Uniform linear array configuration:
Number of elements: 4
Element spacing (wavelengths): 1
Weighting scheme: exponential
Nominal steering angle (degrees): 15
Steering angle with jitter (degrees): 15.355
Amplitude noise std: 0.05
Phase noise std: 0.05

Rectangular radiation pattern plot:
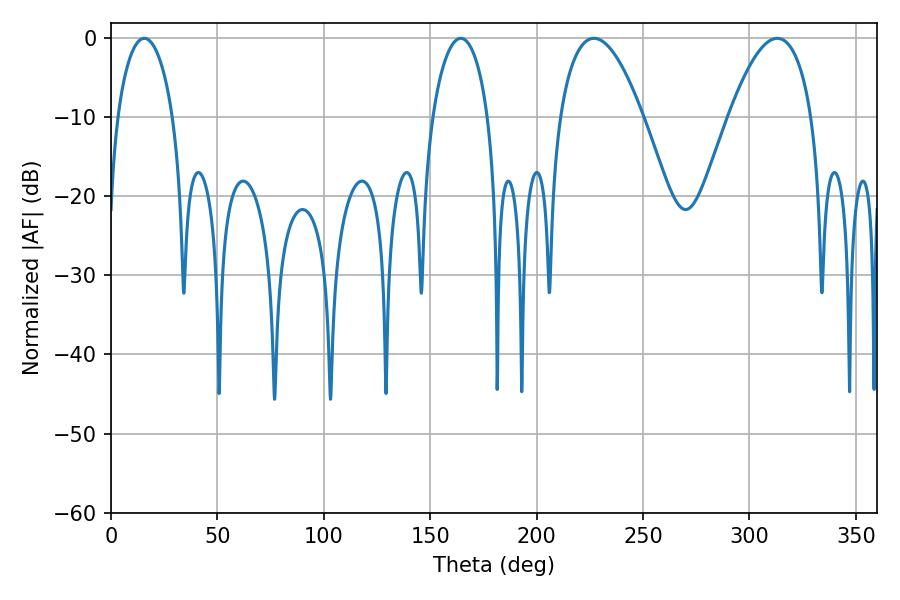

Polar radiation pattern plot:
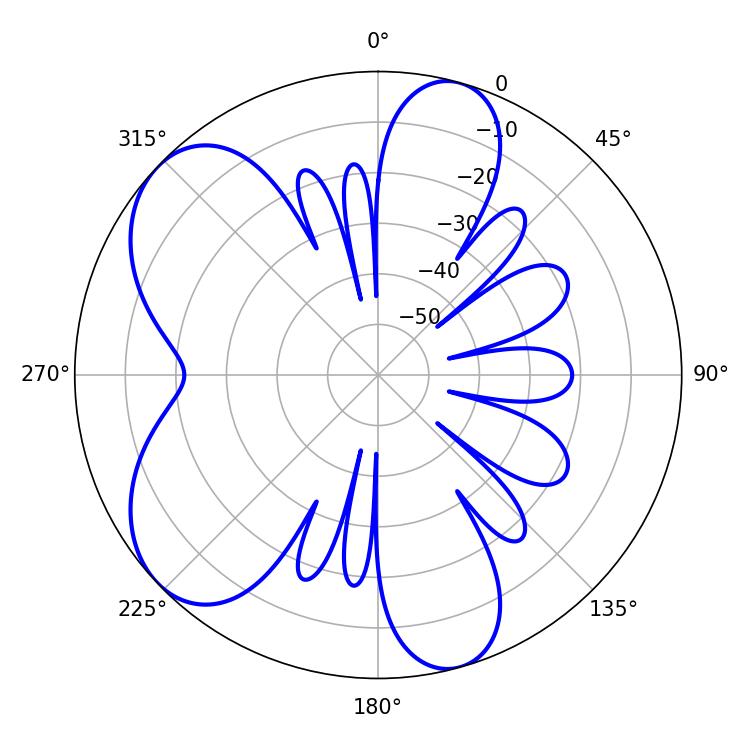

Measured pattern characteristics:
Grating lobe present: TRUE
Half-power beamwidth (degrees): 14.94
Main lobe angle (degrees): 15.66